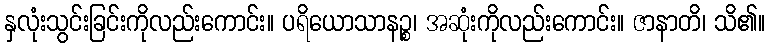
နှလုံးသွင်းခြင်းကိုလည်းကောင်း။ ပရိယောသာနဉ္စ၊ အဆုံးကိုလည်းကောင်း။ ဇာနာတိ၊ သိ၏။